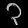
Digit: ၃